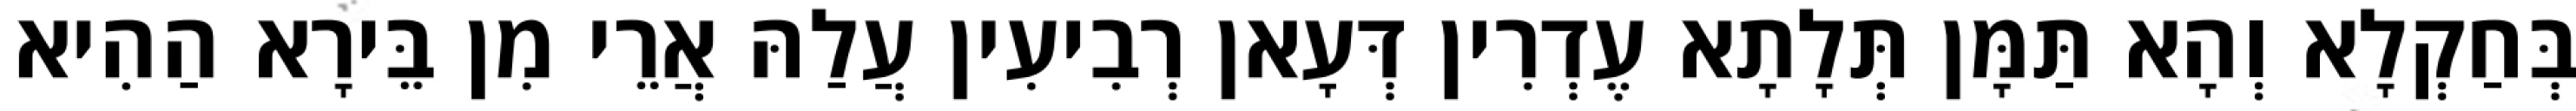
בְּחַקְלָא וְהָא תַּמָּן תְּלָתָא עֶדְרִין דְּעָאן רְבִיעִין עֲלַהּ אֲרֵי מִן בֵּירָא הַהִיא